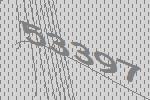
53397